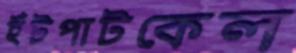
ইঁটপাটকেল